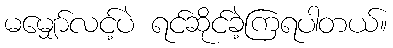
မမျှော်လင့်ပဲ ရင်ဆိုင်ခဲ့ကြရပါတယ်။